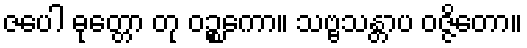
ဇပေါ ဓုတ္တော တု ဝဉ္စကော။ သဗ္ဗသန္တာပ ဝဇ္ဇိတော။